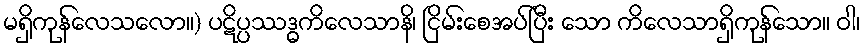
မရှိကုန်လေသလော။) ပဋိပ္ပဿဒ္ဓကိလေသာနိ၊ ငြိမ်းစေအပ်ပြီး သော ကိလေသာရှိကုန်သော။ ဝါ၊